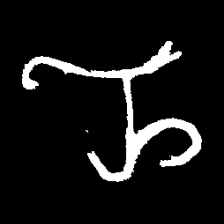
Pyu character \u2014 Myanmar letter: ည (romanized: nya)